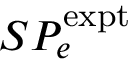
S P _ { e } ^ { \mathrm { e x p t } }